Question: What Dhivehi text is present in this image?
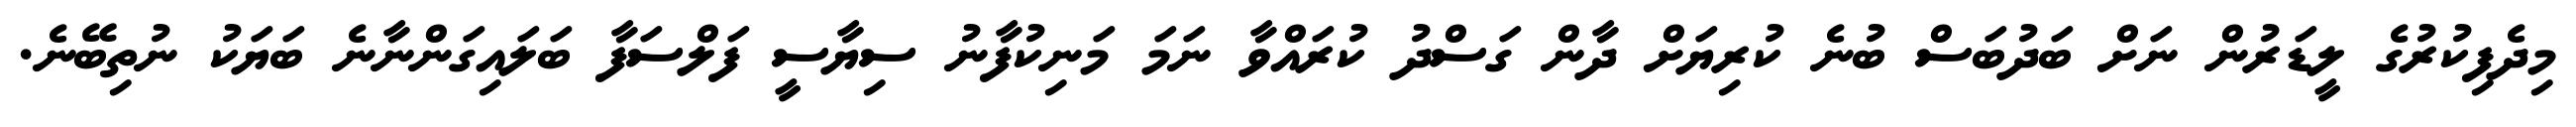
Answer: މިދެފިކުރުގެ ލީޑަރުން ނަށް ބަދުބަސް ބުނެ ކުރިޔަށް ދާން ގަސްދު ކުރައްވާ ނަމަ މަނިކުފާނު ސިޔާސީ ފަލްސަފާ ބަލައިގަންނާނެ ބަޔަކު ނުތިބޭނެ.